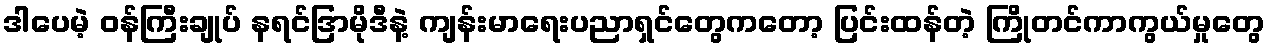
ဒါပေမဲ့ ဝန်ကြီးချုပ် နရင်ဒြာမိုဒီနဲ့ ကျန်းမာရေးပညာရှင်တွေကတော့ ပြင်းထန်တဲ့ ကြိုတင်ကာကွယ်မှုတွေ